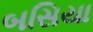
બસિયા